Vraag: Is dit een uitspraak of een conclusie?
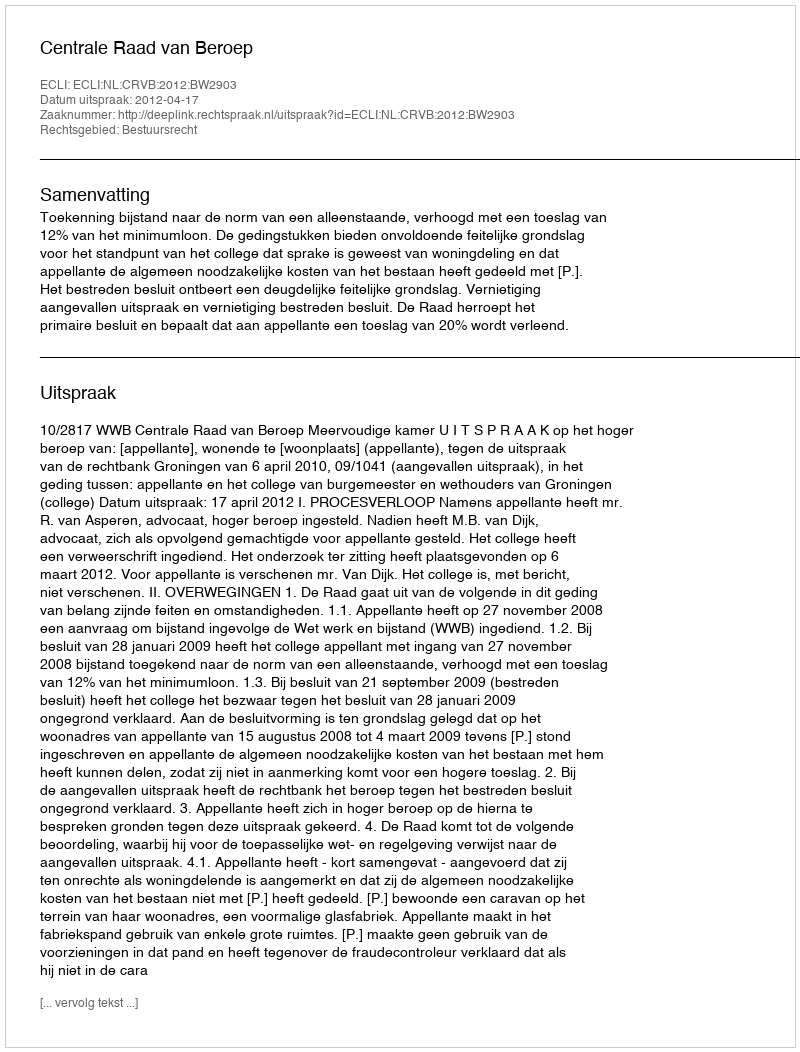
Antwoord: Uitspraak